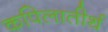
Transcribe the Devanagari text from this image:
कपिलातीर्थ